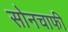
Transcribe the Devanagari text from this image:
सोनचाफी